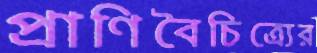
প্রাণিবৈচিত্র্যের